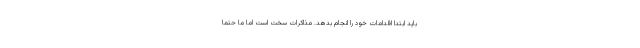
باید ابتدا اقدامات خود را انجام بدهد. مذاکرات سخت است اما ما حتما